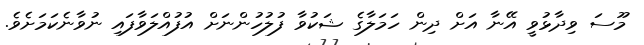
މޫސަ ވިދާޅުވީ އޭނާ އަށް ދިން ހަމަލާގެ ޝަކުވާ ފުލުހުންނަށް އުފުއްލަވާފައި ނުވާނެކަމަށެވެ.